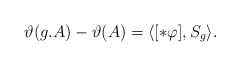
\begin{gather*}\vartheta (g.A) -\vartheta (A) = \langle [\ast \varphi ],S_{g} \rangle.\end{gather*}